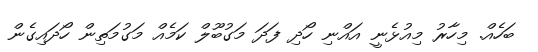
ބަހެއް. މިހާރު މިއުޅެނީ އައްނި ހޯދި ފަދަ މަގުބޫލް ކަމެއް މަގުމަތިން ހޯދައިގެން